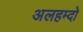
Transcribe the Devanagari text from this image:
अलहम्दो